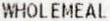
WHOLEMEAL